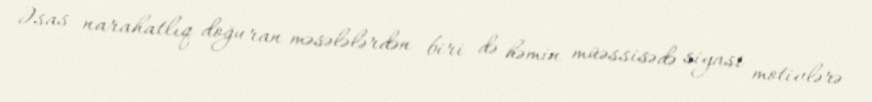
Əsas narahatlıq doğuran məsələlərdən biri də həmin müəssisədə siyasi motivlərə